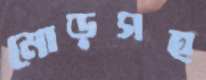
মোড়সহ